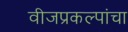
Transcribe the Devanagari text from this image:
वीजप्रकल्पांचा